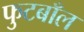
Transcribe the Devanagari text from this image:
फुटबाँल